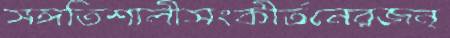
সঙ্গতিশালীসংকীর্তনেরজন্